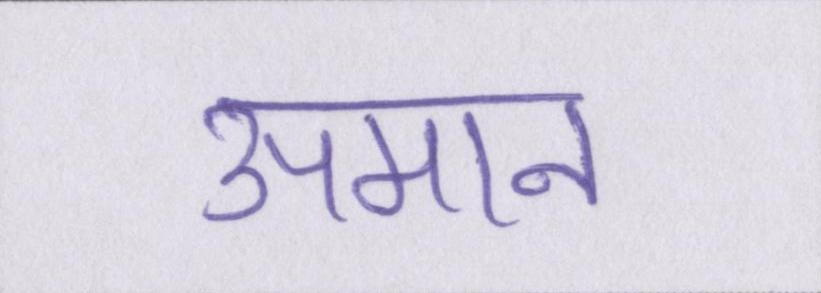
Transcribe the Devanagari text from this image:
उपमान